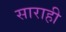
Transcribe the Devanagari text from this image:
साराही